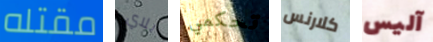
مقتله بلاي تحكمي كلارنس آليس